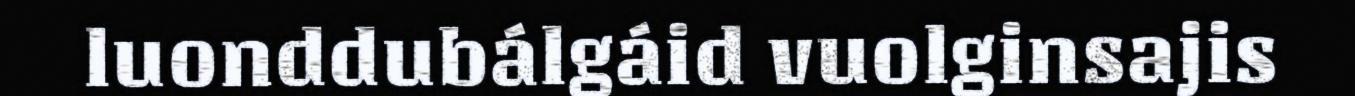
luonddubálgáid vuolginsajis